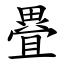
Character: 疂